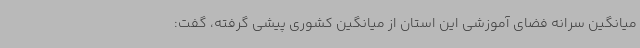
میانگین سرانه فضای آموزشی این استان از میانگین کشوری پیشی گرفته، گفت: